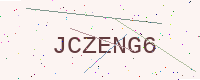
Text: JCZENG6